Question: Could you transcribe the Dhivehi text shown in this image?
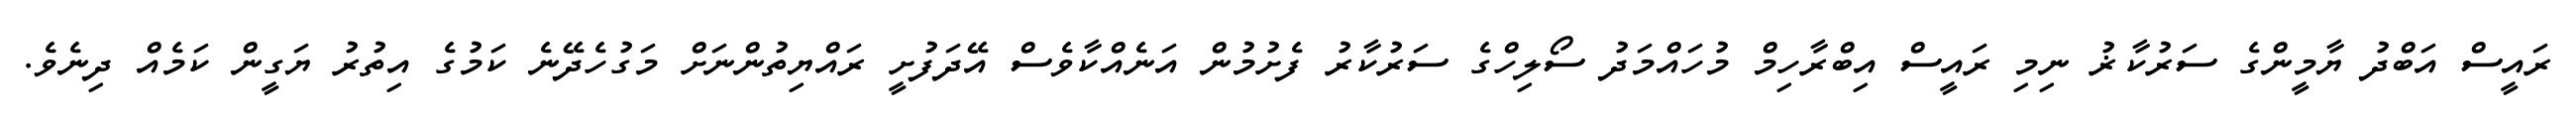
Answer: ރައީސް އަބްދު ޔާމީންގެ ސަރުކާޜު ނިމި ރައީސް އިބްރާހިމް މުހައްމަދު ސޯލިހްގެ ސަރުކާރު ފެށުމުން އަނެއްކާވެސް އޭދަފުށީ ރައްޔިތުންނަށް މަގުހެދޭނެ ކަމުގެ އިތުރު ޔަގީން ކަމެއް ދިނެވެ.